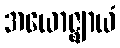
အယောဇ္ဈာယံ